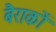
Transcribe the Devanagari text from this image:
बैराकों